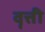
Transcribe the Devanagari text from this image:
वॄत्ती